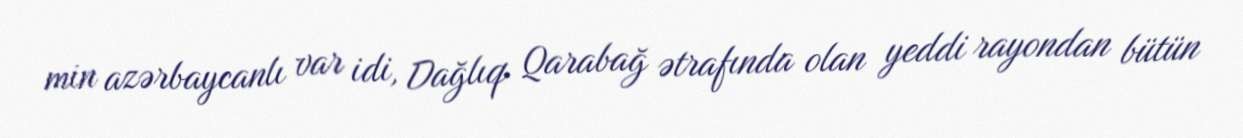
min azərbaycanlı var idi, Dağlıq Qarabağ ətrafında olan yeddi rayondan bütün